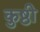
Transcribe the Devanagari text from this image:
कुष्ठी